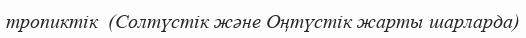
тропиктік  (Солтүстік және Оңтүстік жарты шарларда)